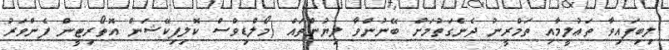
ލިބިފައިވާ ތަޢުލީމާއި ތަމްރީނު ދެނެގަތުމަށް ބޭނުންވާ ލިޔުންތައް (މޯލްޑިވްސް ކޮލިފިކޭޝަން އޮތޯރިޓީން ފެންވަރު